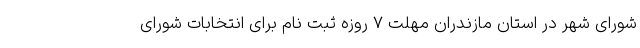
شورای شهر در استان مازندران مهلت ۷ روزه ثبت نام برای انتخابات شورای